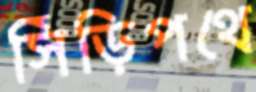
সিঁড়িপথে